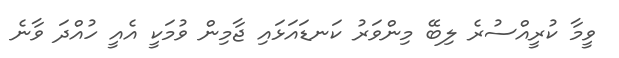
ވީމާ ކުރީއްސުރެ ލިބޭ މިންވަރު ކަނޑައަޅައި ޖާމިން ވުމަކީ އެއީ ހުއްދަ ވާނެ